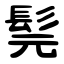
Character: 髨